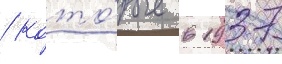
/ кото́рые в 1937